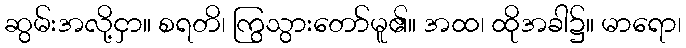
ဆွမ်းအလို့ငှာ။ စရတိ၊ ကြွသွားတော်မူ၏။ အထ၊ ထိုအခါ၌။ မာရော၊